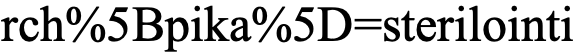
rch%5Bpika%5D=sterilointi